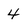
Character: 4